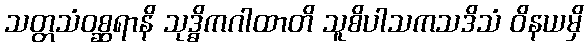
သတ္တသံဝစ္ဆရာနိ သုဒ္ဓိကဂါထာတိ သူစိပါသကသဒိသံ ဝိနယမှိ